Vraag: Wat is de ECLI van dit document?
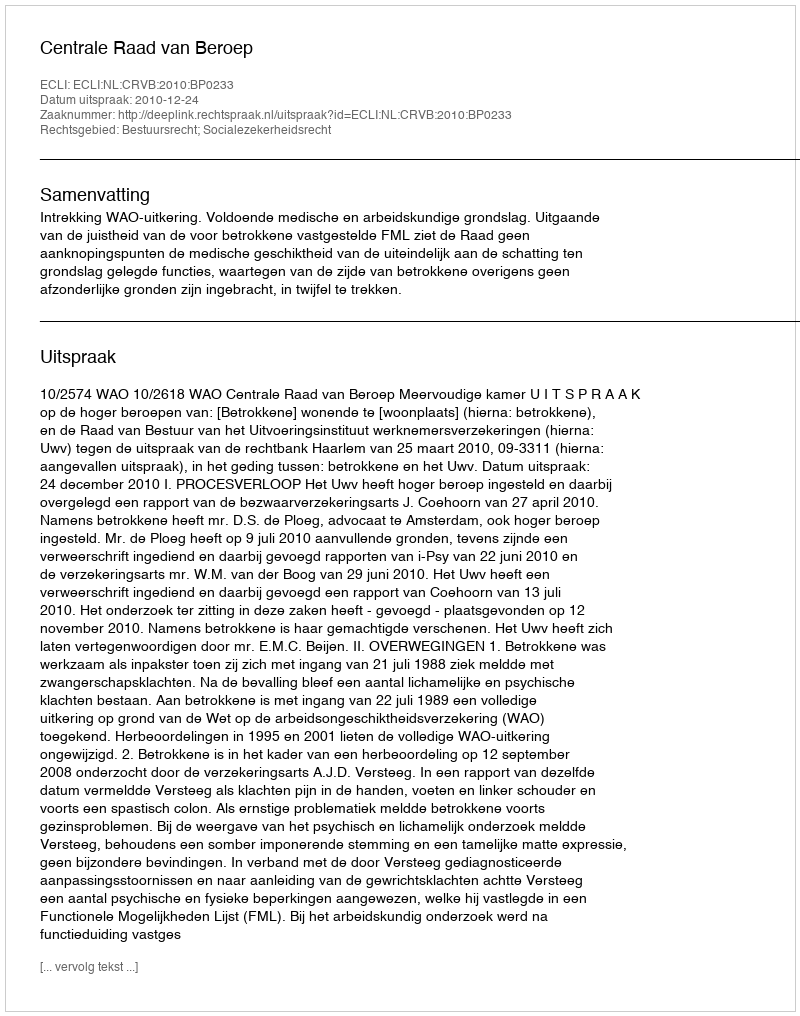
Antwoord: ECLI:NL:CRVB:2010:BP0233